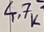
Text: 4.7K